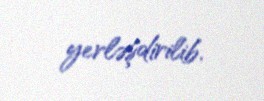
yerləşdirilib.